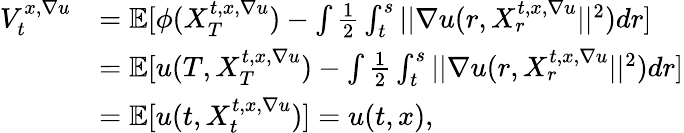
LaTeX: \begin{array}{rl}{V_{t}^{x,\nabla u}}&{=\mathbb{E}[\phi(X_{T}^{t,x,\nabla u})-\int\frac{1}{2}\int_{t}^{s}||\nabla u(r,X_{r}^{t,x,\nabla u}||^{2})dr]}\\ &{=\mathbb{E}[u(T,X_{T}^{t,x,\nabla u})-\int\frac{1}{2}\int_{t}^{s}||\nabla u(r,X_{r}^{t,x,\nabla u}||^{2})dr]}\\ &{=\mathbb{E}[u(t,X_{t}^{t,x,\nabla u})]=u(t,x),}\end{array}